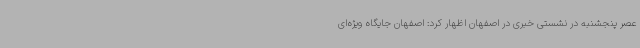
عصر پنجشنبه در نشستی خبری در اصفهان اظهار کرد: اصفهان جایگاه ویژه‌ای